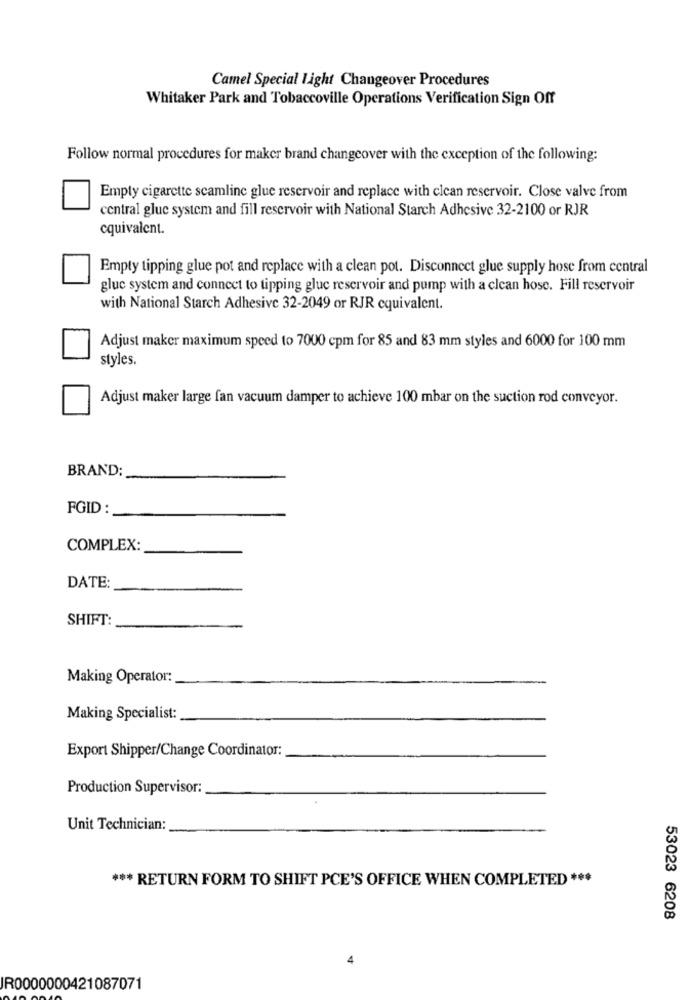
Camel Special Light Changeover Procedures
Whitaker Park and Tobaccoville Operations Verification Sign Off
Follow normal procedures for maker brand changeover with the exception of the following:
Empty cigarette scamline glue reservoir and replace with clean reservoir. Close valve from
central glue system and fill reservoir with National Starch Adhesive 32-2100 or RJR
equivalent.
Empty tipping glue pot and replace with a clean pot. Disconnect glue supply hose from central
gluc system and connect to tipping gluc reservoir and pump with a clean hose. Fill reservoir
with National Starch Adhesive 32-2049 or RJR equivalent.
Adjust maker maximum speed to 7000 cpm for 85 and 83 mm styles and 6000 for 100 mm
styles.
Adjust maker large fan vacuum damper to achieve 100 mbar on the suction rod conveyor.
BRAND:
FGID :
COMPLEX:
DATE:
SHIFT
Making Operator:
Making Specialist:
Export Shipper/Change Coordinator:
Production Supervisor:
Unit Technician:
*** RETURN FORM TO SHIFT PCE'S OFFICE WHEN COMPLETED ***
53023 6208
IR0000000421087071